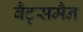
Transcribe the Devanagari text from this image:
बैट्समैन